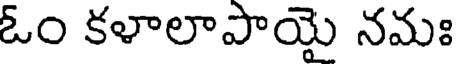
ఓం కళాలాపాయై నమః